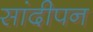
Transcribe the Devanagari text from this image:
सांदीपन